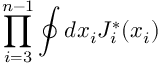
\prod _ { i = 3 } ^ { n - 1 } \oint d x _ { i } J _ { i } ^ { * } ( x _ { i } )